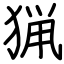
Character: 猟